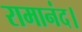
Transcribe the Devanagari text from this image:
रामानंद।